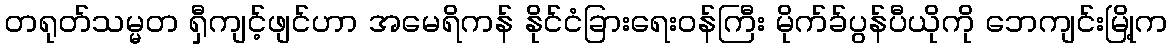
တရုတ်သမ္မတ ရှီကျင့်ဖျင်ဟာ အမေရိကန် နိုင်ငံခြားရေးဝန်ကြီး မိုက်ခ်ပွန်ပီယိုကို ဘေကျင်းမြို့က